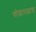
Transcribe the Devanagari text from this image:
घोडापछाड